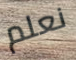
نعلم